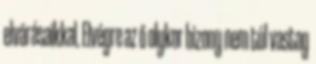
elvárásaikkal. Elvégre az ő olykor bizony nem túl vastag